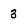
Character: 3